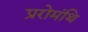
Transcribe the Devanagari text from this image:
प्ररोमंथि